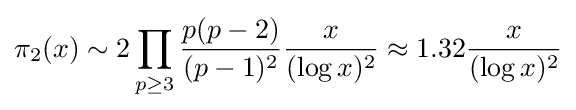
\pi _{2}(x)\sim 2\prod _{p\geq 3}{\frac {p(p-2)}{(p-1)^{2}}}{\frac {x}{(\log x)^{2}}}\approx 1.32{\frac {x}{(\log x)^{2}}}